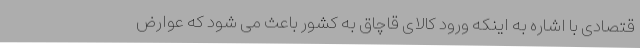
قتصادی با اشاره به اینکه ورود کالای قاچاق به کشور باعث می شود که عوارض